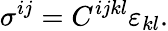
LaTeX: \sigma^{ij}=C^{ijkl}\varepsilon_{kl}.